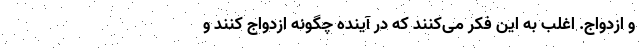
و ازدواج. اغلب به این فکر می‌کنند که در آینده چگونه ازدواج کنند و